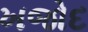
ખજોદ